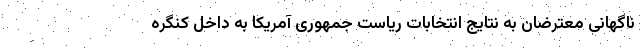
ناگهانی معترضان به نتایج انتخابات ریاست جمهوری آمریکا به داخل کنگره